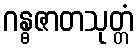
ဂန္ဓဇာတသုတ္တံ